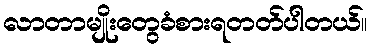
လာတာမျိုးတွေခံစားရတတ်ပါတယ်။